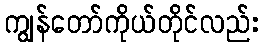
ကျွန်တော်ကိုယ်တိုင်လည်း